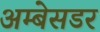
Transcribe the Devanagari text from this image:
अम्बेसडर